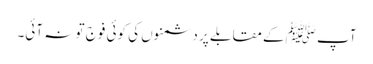
آپ ﷺکے مقابلے پر دشمنوں کی کوئی فوج تو نہ آئی۔